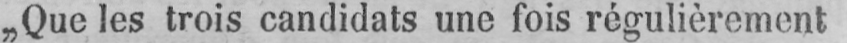
„Que les trois candidats une fois régulièrement